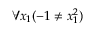
\forall x _ { 1 } ( - 1 \neq x _ { 1 } ^ { 2 } )